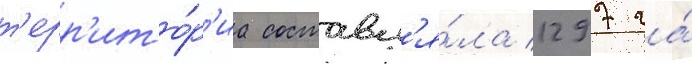
т'ерр'ито́р'иа составл'я́ла 1297 га́